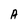
Character: A